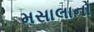
મસાલાનો